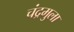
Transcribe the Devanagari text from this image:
चंद्रमुला